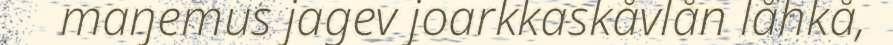
maŋemus jagev joarkkaskåvlån låhkå,